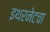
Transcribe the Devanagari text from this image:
इथरनेटचा